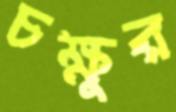
চক্ষুর